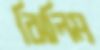
ঝিলিম